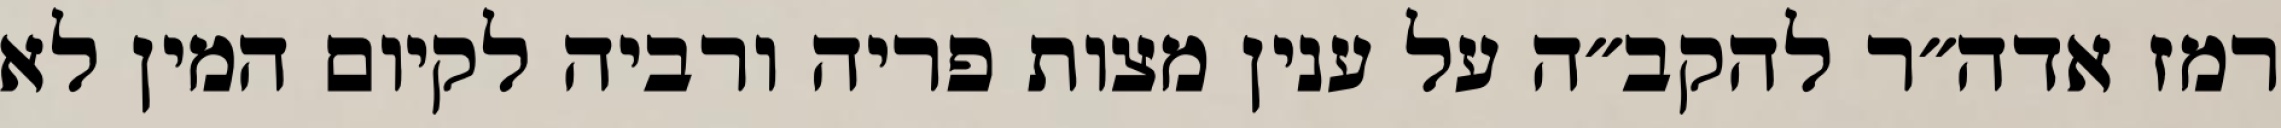
רמז אדה״ר להקב״ה על ענין מצות פריה ורביה לקיום המין לא